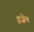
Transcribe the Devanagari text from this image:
ड्रज़ेन